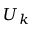
U _ { k }